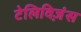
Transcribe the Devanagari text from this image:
टेलिविज़ंस